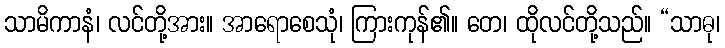
သာမိကာနံ၊ လင်တို့အား။ အာရောစေသုံ၊ ကြားကုန်၏။ တေ၊ ထိုလင်တို့သည်။ “သာဓု၊